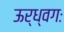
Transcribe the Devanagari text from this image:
ऊर्ध्वगः